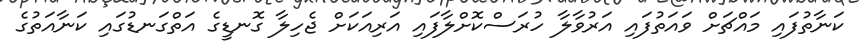
ކަނާތުފައި މައްޗަށް ވައަތުފައި އަރުވާލާ ހުރަސްކޮށްލާފައި އަރިއަކަށް ޖެހިލާ ގޮނޑީގެ އަތްގަނޑުގައި ކަނާއަތުގެ